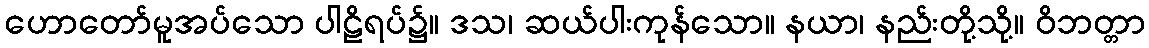
ဟောတော်မူအပ်သော ပါဠိရပ်၌။ ဒသ၊ ဆယ်ပါးကုန်သော။ နယာ၊ နည်းတို့သို့။ ဝိဘတ္တာ